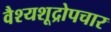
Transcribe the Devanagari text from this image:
वैश्यशूद्रोपचार